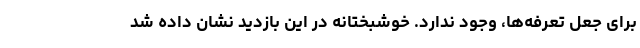
برای جعل تعرفه‌ها، وجود ندارد. خوشبختانه در این بازدید نشان داده شد